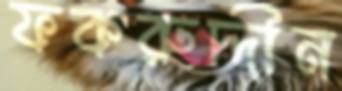
ফকরুদ্দীন